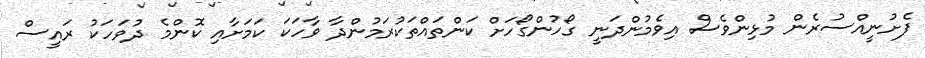
ފެށުނީއްސުރެން މުޅިންވެސް އިވެމުންދަނީ ގޯހުންގޯހަށް ކަންތައްތަކުރަމުންދާ ވާހަކަ ކަމަށާއި ކޮންމެ ދުވަހަކު ރައީސް